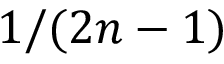
1 / ( 2 n - 1 )